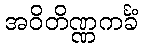
အဝိတိဏ္ဏကင်္ခံ